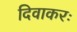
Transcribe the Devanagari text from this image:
दिवाकरः